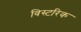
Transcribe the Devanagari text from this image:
विस्टरिक